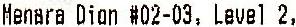
MENARA DION #02-03, LEVEL 2,